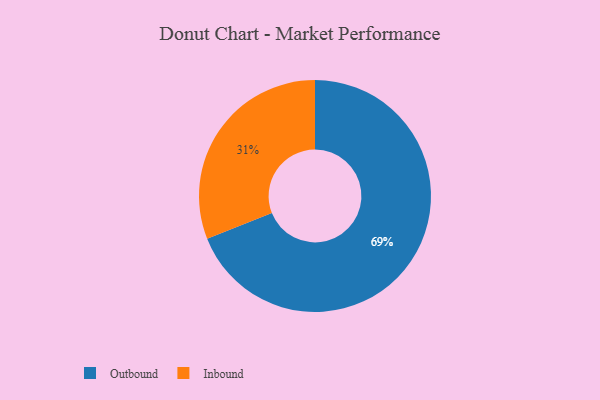
{"axis": {"x": "Category", "y": "Percentage"}, "legend": ["Inbound", "Outbound"], "data": [{"x": "Inbound", "y": 31, "type": "Inbound"}, {"x": "Outbound", "y": 69, "type": "Outbound"}]}